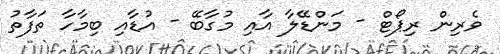
ވެރިން ރިޕޯޓް - މަންޑޭލާ އާއި މުގާބޭ - އުޑާއި ބިމާހާ ތަފާތު